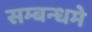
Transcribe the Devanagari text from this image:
सम्बन्धमे